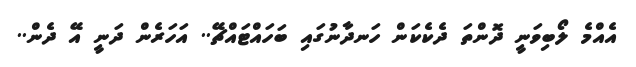
އެއްމެ ލޯބިވަނީ ދޮންތަ ދެކެކަން ހަނދާނުގައި ބަހައްޓައްޗޭ.. އަހަރެން ދަނީ އޭ ދެން..